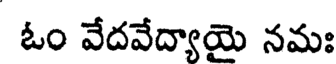
ఓం వేదవేద్యాయై నమః